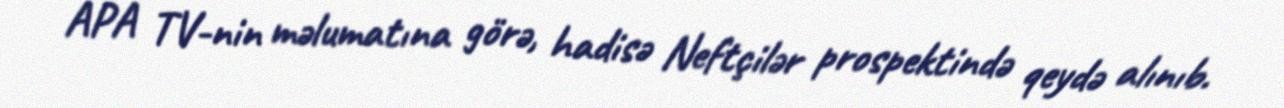
APA TV-nin məlumatına görə, hadisə Neftçilər prospektində qeydə alınıb.